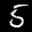
Label: 5